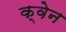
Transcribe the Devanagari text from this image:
क्वेन